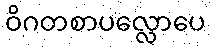
ဝိဂတစာပလ္လောပေ